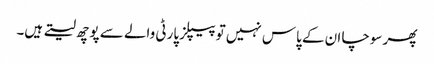
پھر سوچا ان کے پاس نہیں تو پیپلز پارٹی والے سے پوچھ لیتے ہیں۔